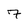
Character: 7